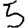
Digit: 5